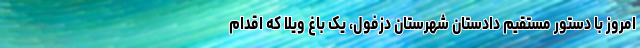
امروز با دستور مستقیم دادستان شهرستان دزفول، یک باغ ویلا که اقدام